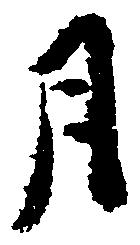
月